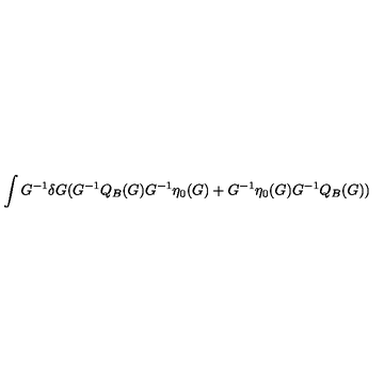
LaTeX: \int G ^ { - 1 } \delta G ( G ^ { - 1 } Q _ { B } ( G ) G ^ { - 1 } \eta _ { 0 } ( G ) + G ^ { - 1 } \eta _ { 0 } ( G ) G ^ { - 1 } Q _ { B } ( G ) )